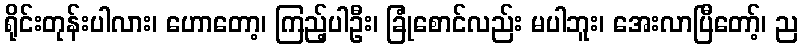
ရိုင်းတုန်းပါလား၊ ဟောတော့၊ ကြည့်ပါဦး၊ ခြုံစောင်လည်း မပါဘူး၊ အေးလာပြီတော့်၊ ည